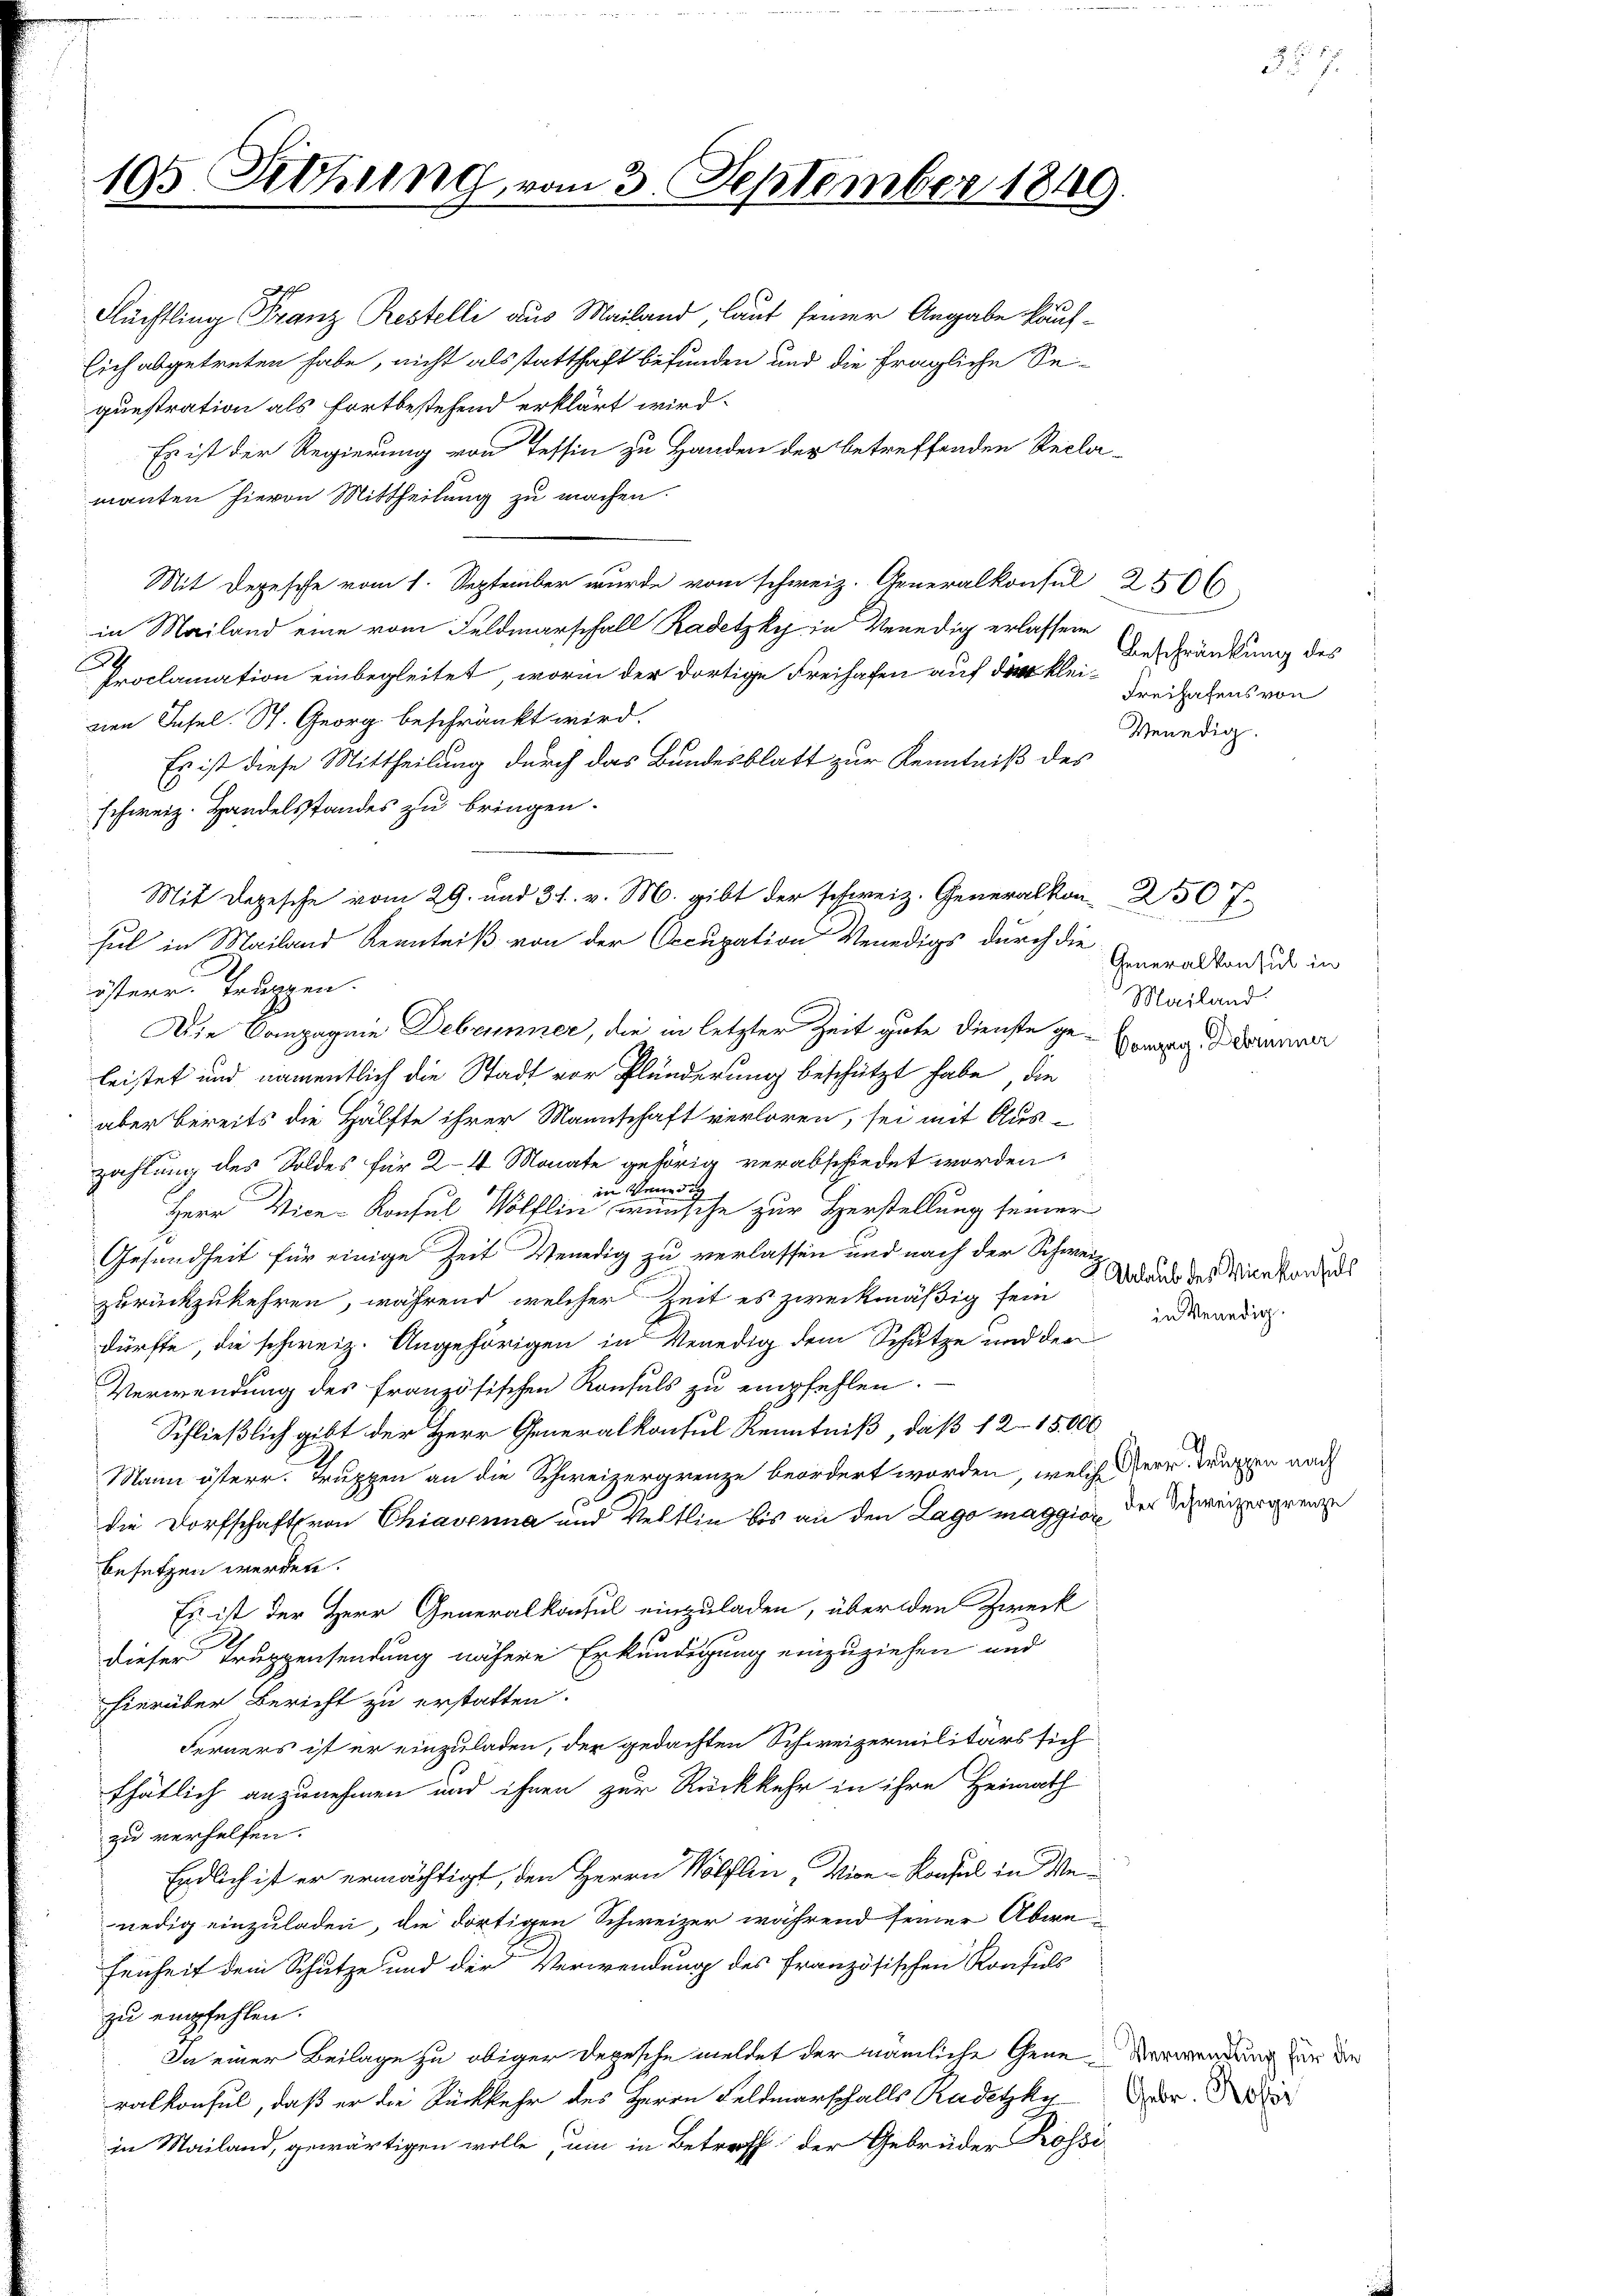
195 Setzung vom 3. September 1849.

2
Flüchtling Franz Restelli aus Mailand, laut seiner Angabe kauf¬
Eich abgetreten habe, nicht als statthaft befunden und die fragliche Segunstration als fortbestehend erklärt wird.
Es ist der Regierung von Tessin zu Handen der betreffenden Recla-
manten hievon Mittheilung zu machen.
Mit Depesche vom 1. September wurde vom schweiz. Generalkonsul 2506
in Mailand eine vom Feldmarschall Kadetzky in Venedig erlassene
Proclamation einbegleitet, worin der dortige Freihafen auf die kleinen Insel. St. Georg beschränkt wird.
Es ist diese Mittheilung durch das Bundesblatt zur Kenntniß des
schweiz. Handelsstandes zu bringen.
Mit Depesche vom 29. und 31. v. M. gibt der schweiz. Generalkon 250 f.
hel in Mailand Kenntniß von der Occupation Venedigs durch die
österr. Truppen.
Die Compagnie Debrunner, die in letzter Zeit gute Dienste geleistet und namentlich die Stadt vor Plünderung beschützt habe, die
aber bereits die Hälfte ihrer Mannschaft verloren, sei mit Aus-
zahlung des Soldes für 24 Monate gehörig verabschiedet worden.
in Wenn de
Herr Vice-Konsul Wölflin wünsche zur Herstellung seiner
Gesundheit für einige Zeit Venedig zu verlassen und nach der Schwei¬
2.
Ablaub des Vicekonsuls
zurückzukehren, während welcher Zeit es zweckmäßig sein
in Venedig
dürfte, die schweiz. Angehörigen in Venedig dem Schutze und der
Verwendung des französischen Konsuls zu empfehlen.
Schließlich gibt der Herr Generalkonsul Kenntniß, daß 12–15000
Mann österr. Truppen an die Schweizergrenze beordert worden, welche der Wurzen nach
die Dorfschaft von Chiavenna und Veltlin bis an den Lago maggia der Schweizergrenze
besetzen werden.
Es ist der Herr Generalkonsul einzuladen, über den Zweck
dieser Truppensendung nähere Erkundigung einzuziehen und
hierüber Bericht zu erstatten.
Ferners ist er einzuladen, der gedachten Schweizermilitärs sich
thätlich anzunehmen und ihnen zur Rückkehr in ihre Heimath
zu verhelfen.
Endlich ist er ermächtigt, den Herrn Wölflen, Vice-Konsul in Wenedig einzuladen, die dortigen Schweizer während seiner Abwefenheit dem Schutze und der Verwendung des französischen Konsuls
zu empfehlen.
In einer Beilage zu obiger Depesche meldet der nämliche Gene Verwendung der die
ralkonsul, daß er die Rückkehr des Herrn Feldmarschalls Radetzkir
in Mailand, gewärtigen wolle, um in Betreff der Gebrüder Kossi

Beschränkung des
Freihafens von

Venedig.

Generalkonsul in
Mailand.
Compag. Debrunner